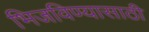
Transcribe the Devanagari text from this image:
भिजविण्यासाठी